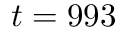
t = 9 9 3